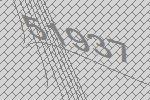
51937